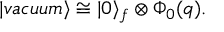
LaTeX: | v a c u u m \rangle \cong | 0 \rangle _ { f } \otimes \Phi _ { 0 } ( q ) .